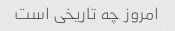
امروز چه تاریخی است